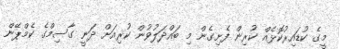
މީގެ ކުޑައިރުކޮޅެއް ކުރިން ފެށިގެން މި ބައްދަލުވުން ކުރިއަށް ދަނީ ގާސިމްގެ ކެމްޕޭން